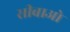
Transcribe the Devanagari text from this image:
सीबाओ